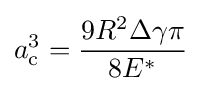
a_{\text{c}}^{3}={\frac {9R^{2}\Delta \gamma \pi }{8E^{*}}}